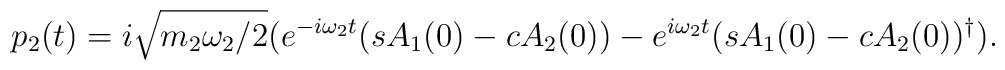
p_{2}(t)=i \sqrt{m_{2}\omega_{2} /2}(e^{-i\omega_{2}t}(s A_{1}(0) - cA_{2}(0))               -  e^{i \omega_{2} t}(s A_{1}(0) - c A_{2} (0))^{\dag}).